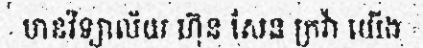
មានវិទ្យាល័យ ហ៊ុន សែន ក្រវ៉ា យើង